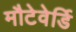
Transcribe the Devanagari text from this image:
मौटेवेर्डि